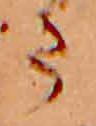
ま